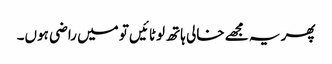
پھر یہ مجھے خالی ہاتھ لوٹائیں تو میں راضی ہوں۔